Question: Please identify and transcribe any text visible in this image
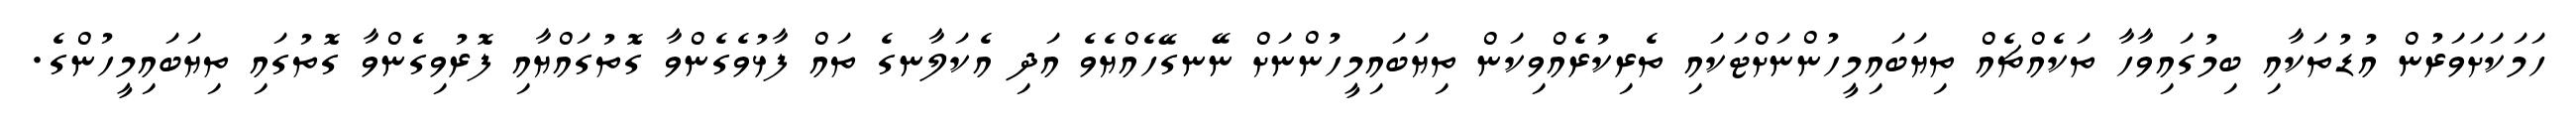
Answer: ހަމަކަށަވަރުން އުޑުތަކާއި ބިމުގައިވާހާ ތަކެއްޗެއް ތިޔަބައިމީހުންނަށްޓަކައި ތެރިކުރެއްވިކަން ތިޔަބައިމީހުންނަށް ނޭނގޭހެއްޔެވެ އަދި އެކަލާނގެ ތައް ފާޅުވެގެންވާ ގޮތުގައްޔާއި ފޮރުވިގެންވާ ގޮތުގައި ތިޔަބައިމީހުންގެ.